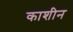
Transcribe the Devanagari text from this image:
काशीन